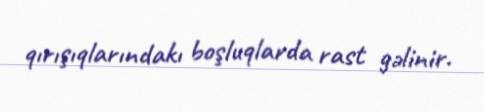
qırışıqlarındakı boşluqlarda rast gəlinir.